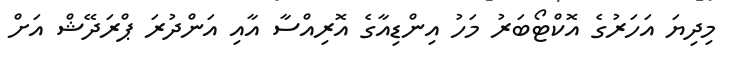
މިދިޔަ އަހަރުގެ އޮކްޓޯބަރު މަހު އިންޑިއާގެ އޮރިއްސާ އާއި އަންދުރަ ޕްރަދޭޝް އަށް